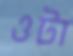
ওটা